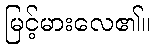
မြင့်မားလေ၏။